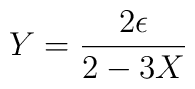
Y =  {2\epsilon  \over  2 - 3 X}